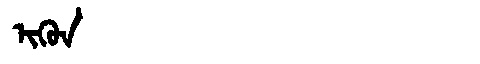
Manchu: ᡳᡴᡠᠨ
Romanization: IKUN